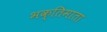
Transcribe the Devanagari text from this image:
भक्तिमाता